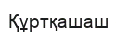
Құртқашаш